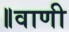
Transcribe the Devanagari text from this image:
॥वाणी